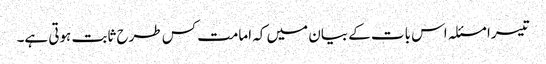
تیسرا مسئلہ اس بات کے بیان میں کہ امامت کس طرح ثابت ہوتی ہے۔